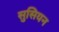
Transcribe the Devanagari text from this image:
सुसियन